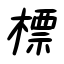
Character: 標